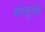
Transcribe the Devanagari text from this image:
सोसूनहि